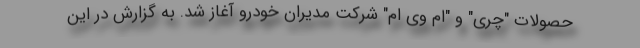
حصولات "چری" و "ام وی ام" شرکت مدیران خودرو آغاز شد. به گزارش در این